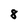
Character: 8